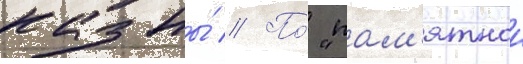
казны́ // По́ "пам'ятнои